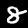
Label: 8